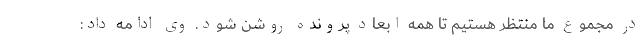
در مجموع ما منتظر هستیم تا همه ابعاد پرونده روشن شود. وی ادامه داد: